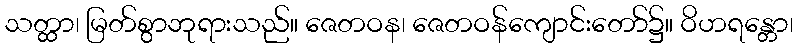
သတ္ထာ၊ မြတ်စွာဘုရားသည်။ ဇေတဝန၊ ဇေတဝန်ကျောင်းတော်၌။ ဝိဟရန္တော၊